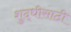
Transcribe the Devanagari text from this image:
शुद्धीसाठी